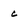
Character: c